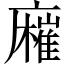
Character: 𢋬